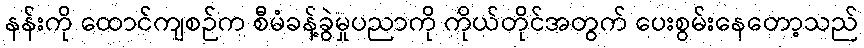
နန်းကို ထောင်ကျစဉ်က စီမံခန့်ခွဲမှုပညာကို ကိုယ်တိုင်အတွက် ပေးစွမ်းနေတော့သည်